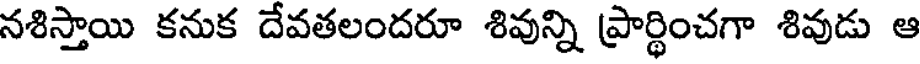
నశిస్తాయి కనుక దేవతలందరూ శివున్ని ప్రార్థించగా శివుడు ఆ